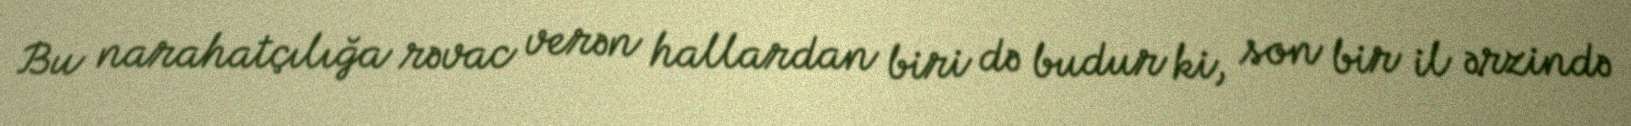
Bu narahatçılığa rəvac verən hallardan biri də budur ki, son bir il ərzində